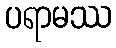
ပရာမဿ